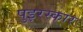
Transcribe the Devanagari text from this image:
पुइरस्कार